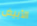
الأبيض